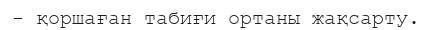
- қоршаған табиғи ортаны жақсарту.